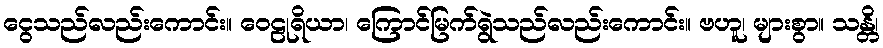
ငွေသည်လည်းကောင်း။ ဝေဠုရိယာ၊ ကြောင်မြက်ရွဲသည်လည်းကောင်း။ ဗဟူ၊ များစွာ။ သန္တိ၊